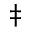
\ddag